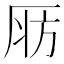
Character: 𣃞